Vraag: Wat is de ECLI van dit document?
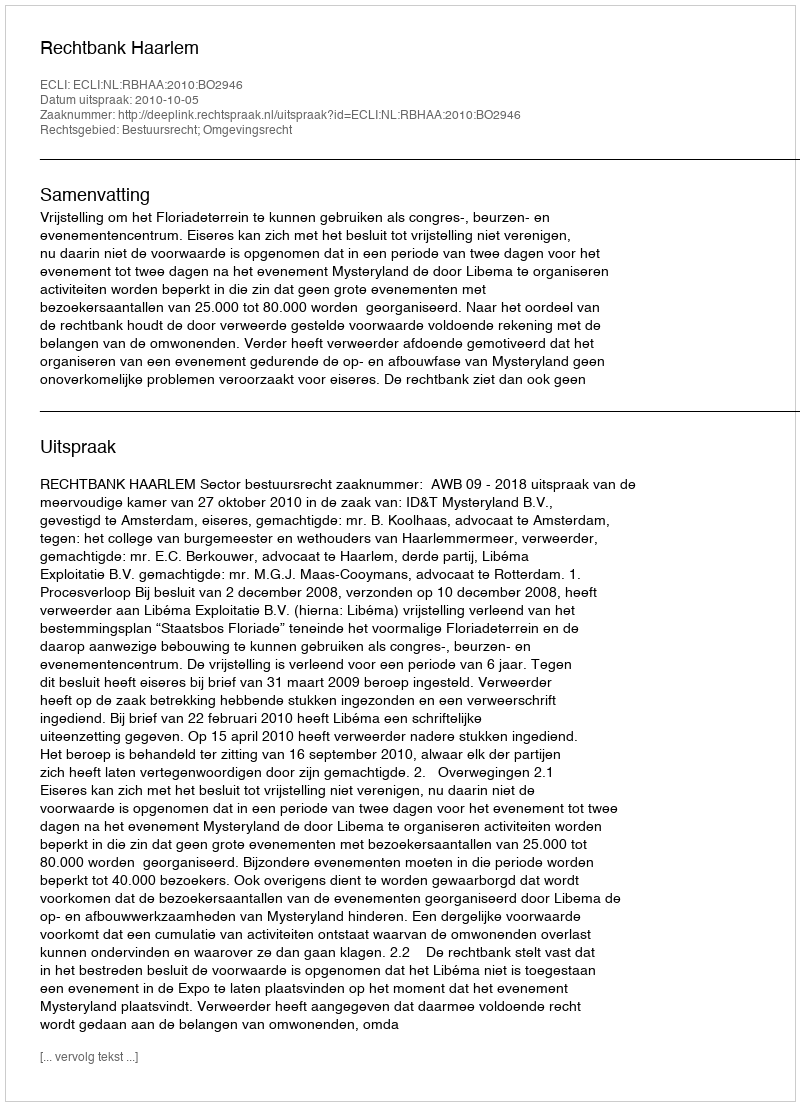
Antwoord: ECLI:NL:RBHAA:2010:BO2946